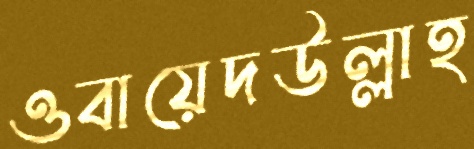
ওবায়েদউল্লাহ